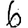
Digit: 6